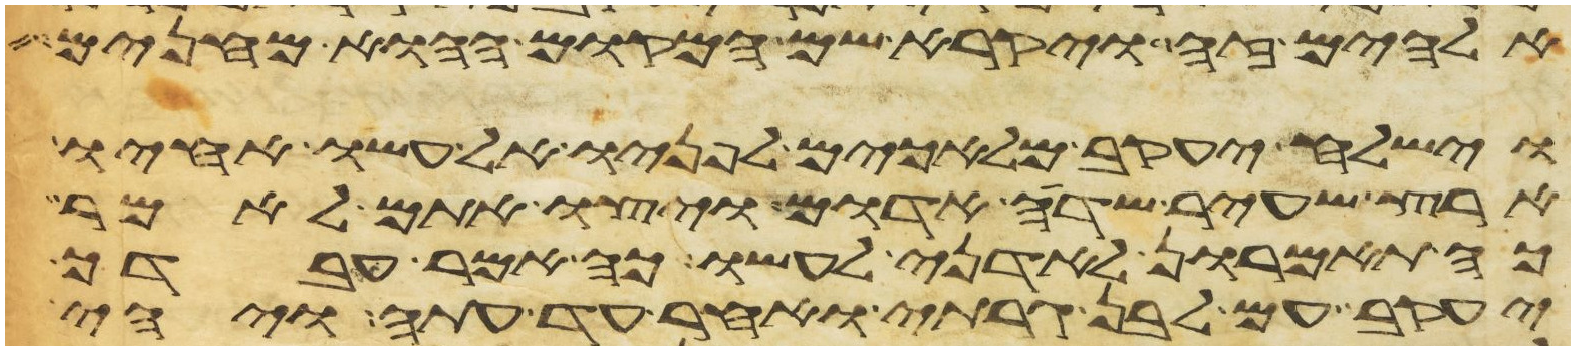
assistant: אלהים זה ויקרא שם המקום ההוא מחנים
וישלח יעקב מלאכים לפניו אל עשו אחיו
ארץ שעיר שדה אדום ויצו אתם לאמר
כה תאמרון לאדני לעשו כה אמר עבדך
יעקב עם לבן גרתי ואחר עד עתה ויהי